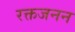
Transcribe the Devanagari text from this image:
रक्तजनन